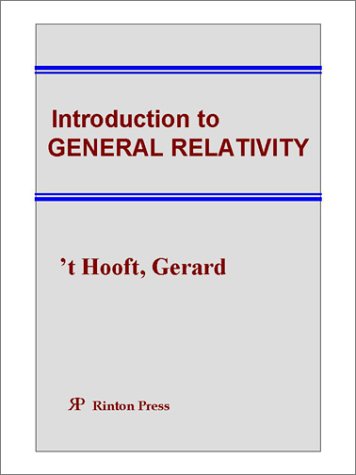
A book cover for Introduction to General Relativity; Gerard 't Hooft; Science & Math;